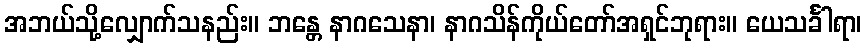
အဘယ်သို့လျှောက်သနည်း။ ဘန္တေ နာဂသေနာ၊ နာဂသိန်ကိုယ်တော်အရှင်ဘုရား။ ယေသင်္ခါရာ၊